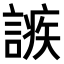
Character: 𧪠